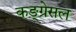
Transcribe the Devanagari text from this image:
कङ्ग्रेसल